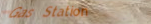
Gas Station